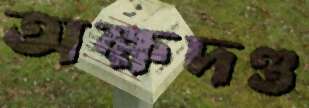
অক্ষদণ্ড